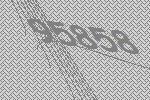
95858